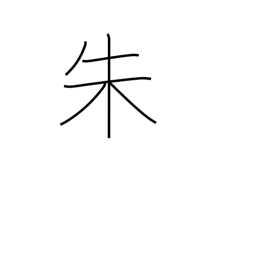
Meaning: scarlet